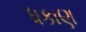
ધકાણ